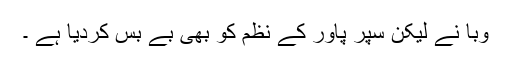
وبا نے لیکن سپر پاور کے نظم کو بھی بے بس کردیا ہے ۔